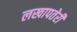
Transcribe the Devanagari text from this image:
लखापतेरी